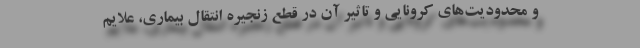
و محدودیت‌های کرونایی و تاثیر آن در قطع زنجیره انتقال بیماری، علایم